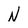
Character: N